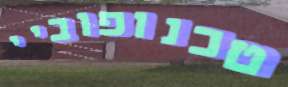
טכנופוביי